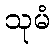
သုမံ